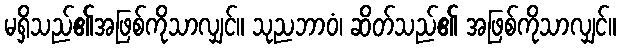
မရှိသည်၏အဖြစ်ကိုသာလျှင်။ သုညဘာဝံ၊ ဆိတ်သည်၏ အဖြစ်ကိုသာလျှင်။